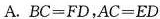
A.$$B C = F D$$，$$A C = E D$$